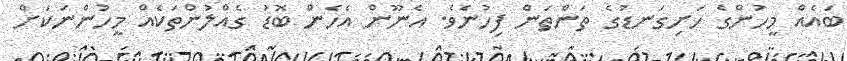
ބައެއް މީހުންގެ ހަށިގަނޑުގެ ތަންތަން ފިހުނެވެ. އެނޫން އެހެން ބޮޑު ގެއްލުުންތަކެއް މީހުންނަކަށް